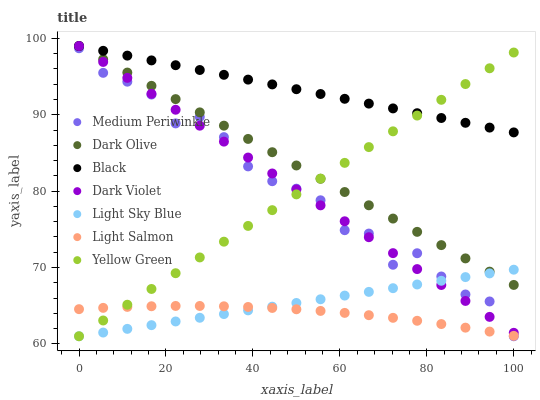
| xaxis_label | Medium Periwinkle | Dark Olive | Black | Dark Violet | Light Sky Blue | Light Salmon | Yellow Green |
 | --- | --- | --- | --- | --- | --- | --- | --- |
 | 0 | 98.7 | 99 | 99 | 99 | 61 | 64.5 | 61 |
 | 5.56 | 95.5 | 97.3 | 98.4 | 96.9 | 61.5 | 64.7 | 63.1 |
 | 11.1 | 94.3 | 95.5 | 97.7 | 94.8 | 62 | 64.8 | 65.1 |
 | 16.7 | 92.6 | 93.8 | 97.1 | 92.7 | 62.5 | 64.9 | 67.2 |
 | 22.2 | 88.9 | 92 | 96.5 | 90.7 | 62.9 | 65 | 69.3 |
 | 27.8 | 89.7 | 90.3 | 95.9 | 88.6 | 63.4 | 65 | 71.3 |
 | 33.3 | 87.1 | 88.6 | 95.2 | 86.5 | 63.9 | 64.9 | 73.4 |
 | 38.9 | 83.2 | 86.8 | 94.6 | 84.4 | 64.4 | 64.8 | 75.4 |
 | 44.4 | 81.3 | 85.1 | 94 | 82.3 | 64.9 | 64.7 | 77.5 |
 | 50 | 80.3 | 83.4 | 93.3 | 80.2 | 65.4 | 64.5 | 79.6 |
 | 55.6 | 78.8 | 81.6 | 92.7 | 78.1 | 65.8 | 64.3 | 81.6 |
 | 61.1 | 74.9 | 79.9 | 92.1 | 76.1 | 66.3 | 64.1 | 83.7 |
 | 66.7 | 74.4 | 78.1 | 91.5 | 74 | 66.8 | 63.8 | 85.8 |
 | 72.2 | 70.4 | 76.4 | 90.8 | 71.9 | 67.3 | 63.4 | 87.8 |
 | 77.8 | 71.9 | 74.7 | 90.2 | 69.8 | 67.8 | 63 | 89.9 |
 | 83.3 | 68.8 | 72.9 | 89.6 | 67.7 | 68.3 | 62.6 | 92 |
 | 88.9 | 66.5 | 71.2 | 88.9 | 65.6 | 68.7 | 62.1 | 94 |
 | 94.4 | 65.6 | 69.5 | 88.3 | 63.5 | 69.2 | 61.6 | 96.1 |
 | 100 | 61 | 67.7 | 87.7 | 61.5 | 69.7 | 61.1 | 98.1 |